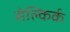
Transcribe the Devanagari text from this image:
सेल्किर्क